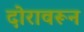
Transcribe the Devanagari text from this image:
दोरावरून